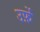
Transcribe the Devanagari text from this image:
उर्फ़े